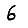
Digit: 6